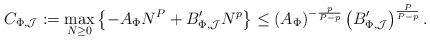
LaTeX: \begin{align*}C_{\Phi ,\mathcal{J}}:=\max_{N\geq 0}\left\{ -A_{\Phi }N^{P}+B_{\Phi ,\mathcal{J}}^{\prime }N^{p}\right\} \leq \left( A_{\Phi }\right) ^{-\frac{p}{P-p}}\left( B_{\Phi ,\mathcal{J}}^{\prime }\right) ^{\frac{P}{P-p}}.\end{align*}